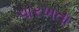
પારખતા